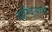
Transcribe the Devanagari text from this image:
दारिद्‌ऱ्याचे